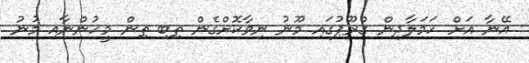
އޭނާ އަށް ހަމަލާދިން ގްރޫޕުގައި މޫނު ނިވާކޮށްގެން ތިބި ތިން މީހުންނާއި މުނު